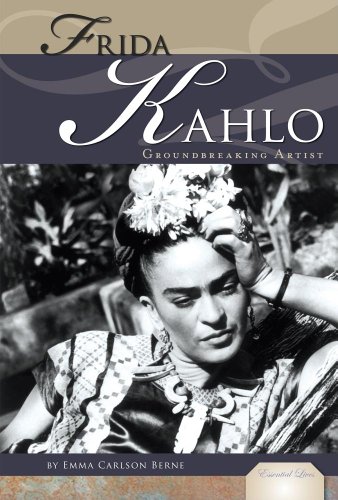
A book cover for Frida Kahlo: Mexican Artist (Essential Lives Set 4); Emma Carlson Berne; Teen & Young Adult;